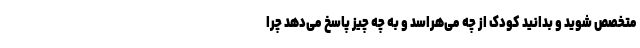
متخصص شوید و بدانید کودک از چه می‌هراسد و به چه چیز پاسخ می‌دهد چرا